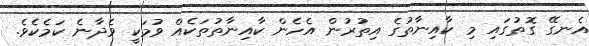
އެނގޭ ގޮތުގައި މި ކާއިނާތުގެ އިތުރުން އެހެން ކާއިނާތުތަކެއް ވުމަކީ ވެދާނެ ކަމެކެވެ.